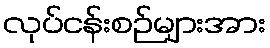
လုပ်ငန်းစဉ်များအား